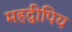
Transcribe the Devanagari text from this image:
महद्वीपिय